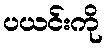
ပယင်းကို